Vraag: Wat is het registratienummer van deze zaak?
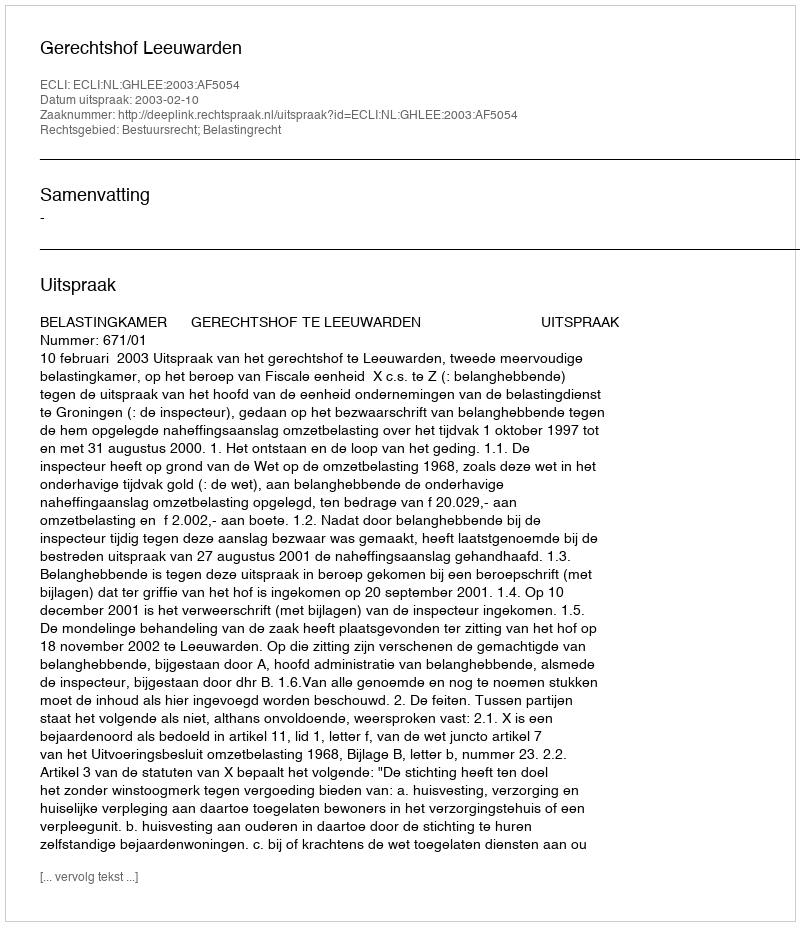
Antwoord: http://deeplink.rechtspraak.nl/uitspraak?id=ECLI:NL:GHLEE:2003:AF5054